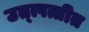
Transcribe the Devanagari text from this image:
उत्त्पत्तीत